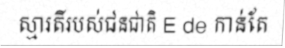
ស្មារតីរបស់ជនជាតិ E de កាន់តែ